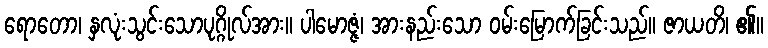
ရောတော၊ နှလုံးသွင်းသောပုဂ္ဂိုလ်အား။ ပါမောဇ္ဇံ၊ အားနည်းသော ဝမ်းမြောက်ခြင်းသည်။ ဇာယတိ၊ ၏။